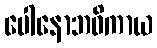
ပေါနောဘဝိကာယ